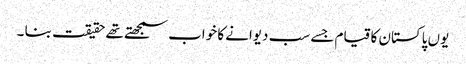
یوں پاکستان کا قیام جسے سب دیوانے کا خواب سمجھتے تھے حقیقت بنا ۔